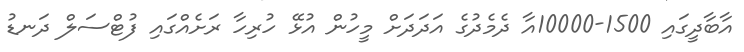
އާބާދީގައި 1500-10000އާ ދެމެދުގެ އަދަދަށް މީހުން އުޅޭ ހުރިހާ ރަށެއްގައި ފުޓްސަލް ދަނޑު